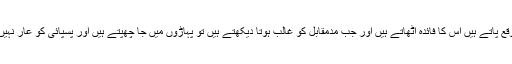
جب بھی موقع پاتے ہیں اس کا فائدہ اٹھاتے ہیں اور جب مدمقابل کو غالب ہوتا دیکھتے ہیں تو پہاڑوں میں جا چھپتے ہیں اور پسپائی کو عار نہیں سمجھتے ۔